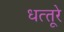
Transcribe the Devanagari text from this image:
धत्‍तूरे